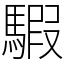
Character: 騢